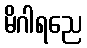
မိဂါရညေ